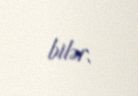
bilər.